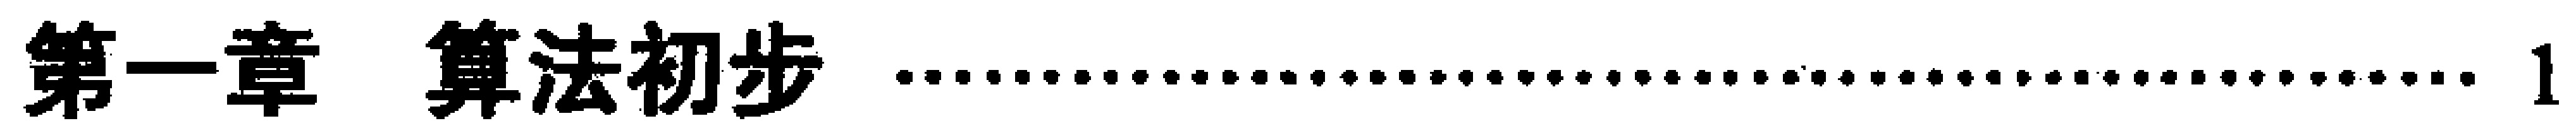
\chapter{算法初步} \dotfill 1